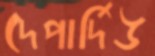
দেপার্দিউ